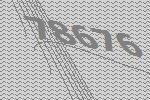
78676